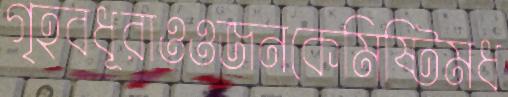
গৃহবধূরাওওজনকেমিষ্টিমধ